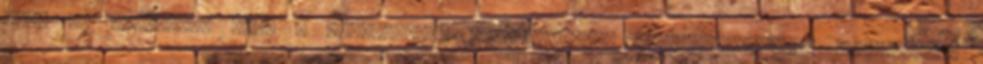
arra az axiómára, hogy a szamádhinak tulajdonított természetfeletti jelenségek,